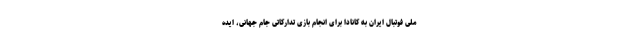
ملی فوتبال ایران به کانادا برای انجام بازی تدارکاتی جام جهانی، ایده